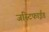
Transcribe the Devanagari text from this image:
जस्टिफाईड